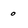
Character: 0